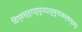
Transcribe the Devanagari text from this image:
दिग्वस्त्राद्युपदातुमुपाकर्षन्तम्‌।